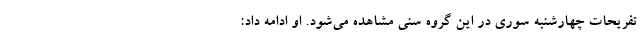
تفریحات چهارشنبه سوری در این گروه سنی مشاهده می‌شود. او ادامه داد: